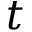
t